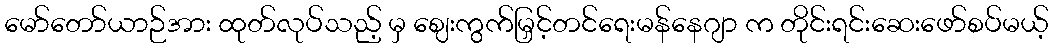
မော်တော်ယာဉ်အား ထုတ်လုပ်သည့် မှ ဈေးကွက်မြှင့်တင်ရေးမန်နေဂျာ က တိုင်းရင်းဆေးဖော်စပ်မယ့်